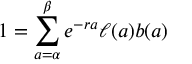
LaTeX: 1 = \sum _ { a = \alpha } ^ { \beta } e ^ { - r a } \ell ( a ) b ( a )